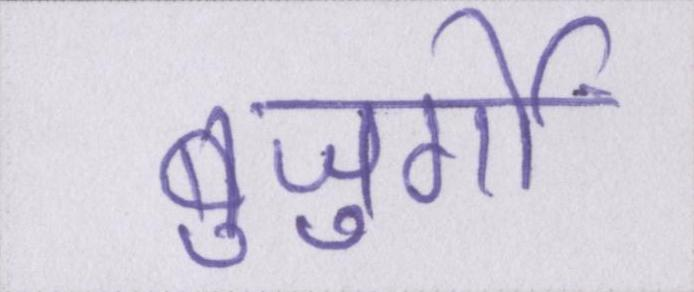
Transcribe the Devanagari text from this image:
बुजुर्गों